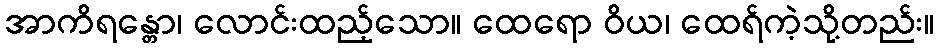
အာကိရန္တော၊ လောင်းထည့်သော။ ထေရော ဝိယ၊ ထေရ်ကဲ့သို့တည်း။